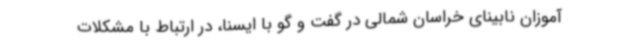
آموزان نابینای خراسان شمالی در گفت و گو با ایسنا، در ارتباط با مشکلات